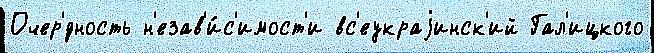
Очер'́дность н'езав'и́с'имост'и вс'еукраjинск'ий Гал'ицкого